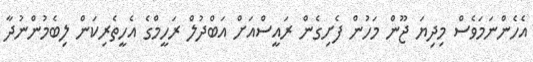
އެހެންނަމަވެސް މިދިޔަ ޖޫން މަހުން ފެށިގެން ރައީސްއަށް އަބްދުލް ރަހީމްގެ އެހީތެރިކަން ލިބެމުންނުދާ